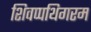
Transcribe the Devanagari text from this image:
शिवप्पथिगरम